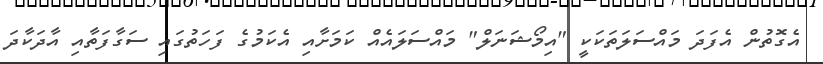
އެގޮތުން އެފަދަ މައްސަލަތަކަކީ "އިމޯޝަނަލް" މައްސަލައެއް ކަމަށާއި އެކަމުގެ ފަހަތުގައި ސަގާފަތާއި އާދަކާދަ